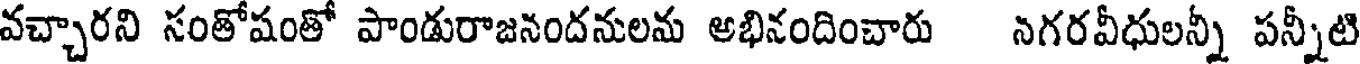
వచ్చారని సంతోషంతో పాండురాజనందనులను అభినందించారు నగరవీధులన్నీ పన్నీటి